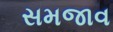
સમજાવ